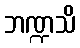
ဘဏ္ဍသိ